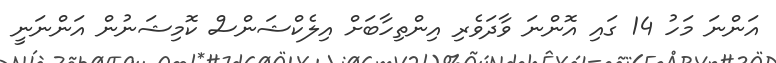
އަންނަ މަހު 14 ގައި އޮންނަ ވާދަވެރި އިންތިހާބަށް އިލެކްޝަންސް ކޮމިޝަނުން އަންނަނީ